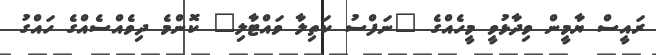
ރައީސް ޔާމީން ވިދާޅުވީ މީހެއްގެ "ނަފްސު ކަތިލާ ވައްޓާލި" ކޮންމެ ދިވެއްސެއްގެ ހައްގު